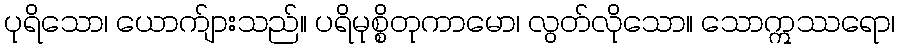
ပုရိသော၊ ယောက်ျားသည်။ ပရိမုစ္စိတုကာမော၊ လွတ်လိုသော။ သောဣဿရော၊